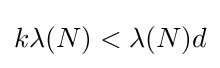
k\lambda (N)<\lambda (N)d